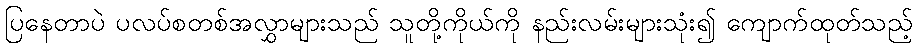
ပြနေတာပဲ ပလပ်စတစ်အလွှာများသည် သူတို့ကိုယ်ကို နည်းလမ်းများသုံး၍ ကျောက်ထုတ်သည့်